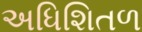
અધિશિતળ